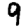
Digit: 9